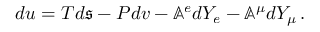
d u = T d \mathfrak { s } - P d v - \mathbb { A } ^ { e } d Y _ { e } - \mathbb { A } ^ { \mu } d Y _ { \mu } \, .